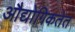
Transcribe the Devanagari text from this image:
औद्योगिकतेत